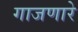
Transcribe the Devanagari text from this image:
गाजणारे